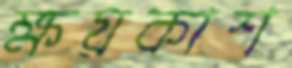
ক্ষয়কাশ